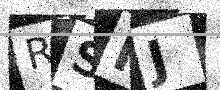
Text: RSMJ